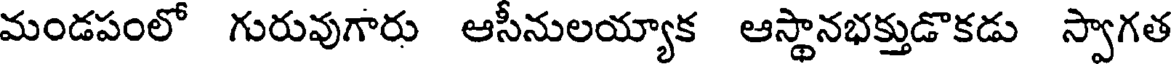
మండపంలో గురువుగారు ఆసీనులయ్యాక ఆస్థానభక్తుడొకడు స్వాగత